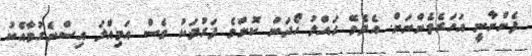
ފެންނާނީ އަހަރެމެންނަށް. އެދެވޭ ހައްލު ހޯދަން ކޮންމެ ފަރުދަކު ވެސް އަމިއްލަ އިސްނެގުމާއެކު